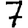
Digit: 7